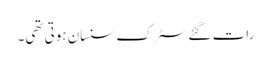
رات گئے سٹرک سنسان ہوتی تھی۔